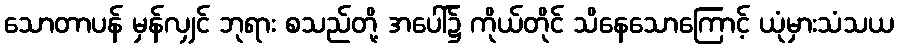
သောတာပန် မှန်လျှင် ဘုရား စသည်တို့ အပေါ်၌ ကိုယ်တိုင် သိနေသောကြောင့် ယုံမှားသံသယ